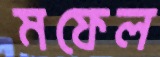
মফেল